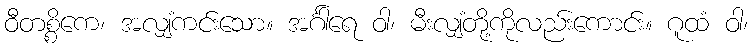
ဝီတစ္စိကေ၊ အလျှံကင်းသော။ အင်္ဂါရေ ဝါ၊ မီးလျှံတို့ကိုလည်းကောင်း။ ဂူထံ ဝါ၊